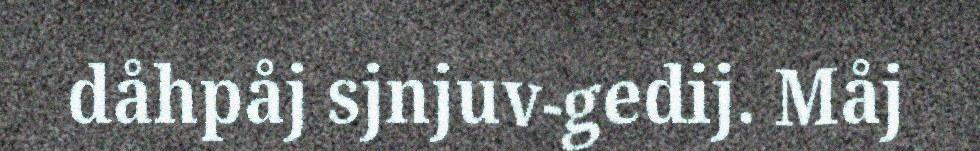
dåhpåj sjnjuv-gedij. Måj